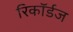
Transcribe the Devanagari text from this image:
रिकॉर्डज